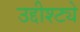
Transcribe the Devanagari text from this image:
उद्दीश्ट्ये